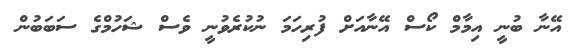
އޭނާ ބުނީ އިމާމް ކޯސް އޭނާއަށް ފުރިހަމަ ނުކުރެވުނީ ވެސް ޝަހުމްގެ ސަބަބުން